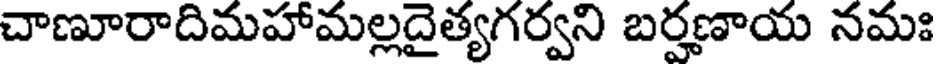
చాణూరాదిమహామల్లదైత్యగర్వని బర్హణాయ నమః